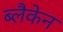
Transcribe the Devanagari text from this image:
ब्लैकेन